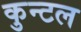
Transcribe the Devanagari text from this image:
कुन्टल